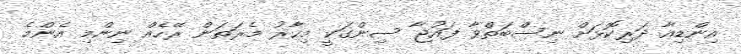
އިންޑިއާ ދަރިކޮޅަށް ނިސްބަތްވާ ފައުޖާ ސިންގަކީ މިހާރު މެރަތަން ރޭހެއް ނިންމި އެންމެ